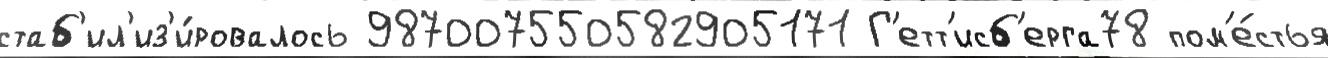
стаб'ил'из'и́ровалось 987007550582905171 Г'етт'исб'ерга78 пом'е́стья